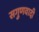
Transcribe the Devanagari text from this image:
सगुणवादी